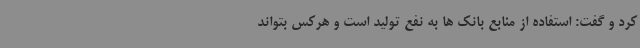
کرد و گفت: استفاده از منابع بانک ها به نفع تولید است و هرکس بتواند